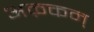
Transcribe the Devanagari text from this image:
अऴकन्